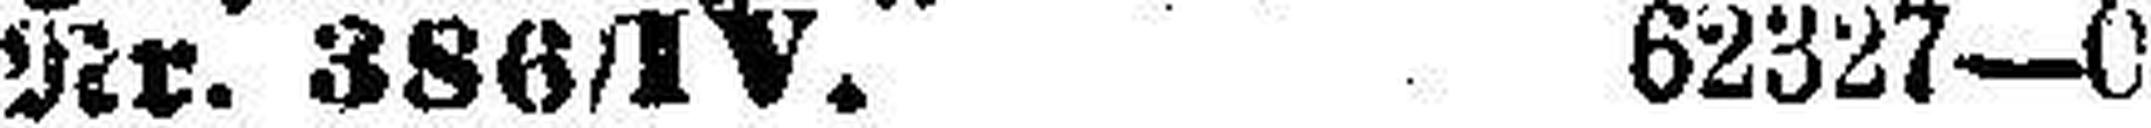
Nr. 386/IV. 62327—0